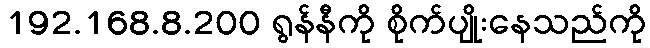
192.168.8.200 ရွန်နီကို စိုက်ပျိုးနေသည်ကို